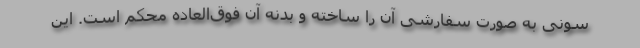
سونی به صورت سفارشی آن را ساخته و بدنه آن فوق‌العاده محکم است. این